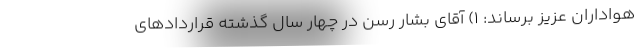
هواداران عزیز برساند: ۱) آقای بشار رسن در چهار سال گذشته قراردادهای